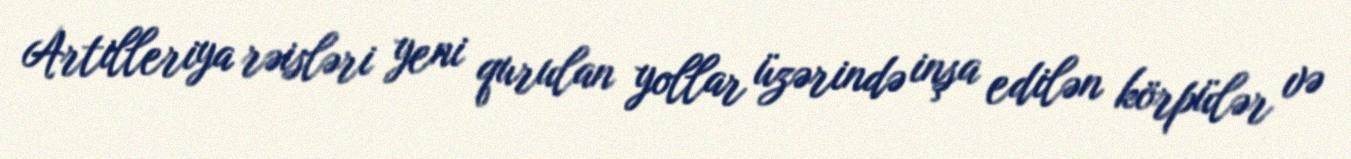
Artilleriya rəisləri yeni qurulan yollar üzərində inşa edilən körpülər və